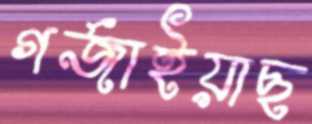
গর্জাইয়াছ